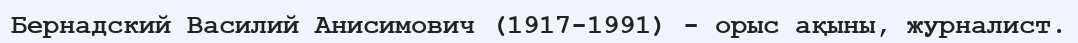
Бернадский Василий Анисимович (1917-1991) - орыс ақыны, журналист.